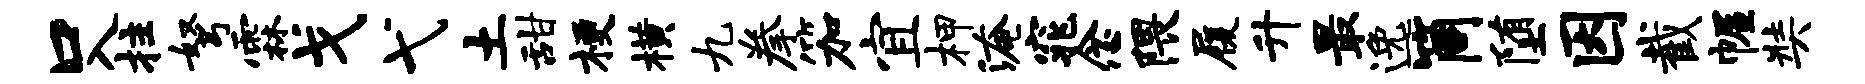
口入拄弩霖戈弋土甜梗横九拳笳宜柙淹窕念隈履升最逸筒堕因截幄奘